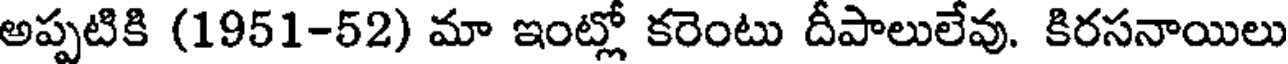
అప్పటికి (1951-52) మా ఇంట్లో కరెంటు దీపాలులేవు. కిరసనాయిలు